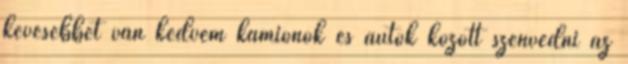
kevesebbet van kedvem kamionok és autók között szenvedni az